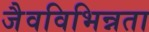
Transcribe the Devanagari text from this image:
जैवविभिन्नता